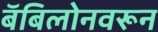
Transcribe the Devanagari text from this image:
बॅबिलोनवरून